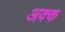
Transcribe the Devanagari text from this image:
अक्क